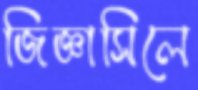
জিজ্ঞাসিলে